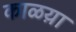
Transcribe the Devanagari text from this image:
काळय़ा